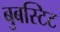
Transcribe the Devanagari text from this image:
बुबस्टिट